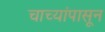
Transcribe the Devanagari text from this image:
चाच्यांपासून